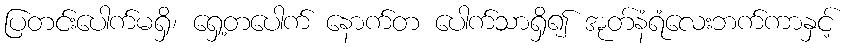
ပြတင်းပေါက်မရှိ၊ ရှေ့တပေါက် နောက်တ ပေါက်သာရှိ၍ အုတ်နံရံလေးဘက်ကာနှင့်